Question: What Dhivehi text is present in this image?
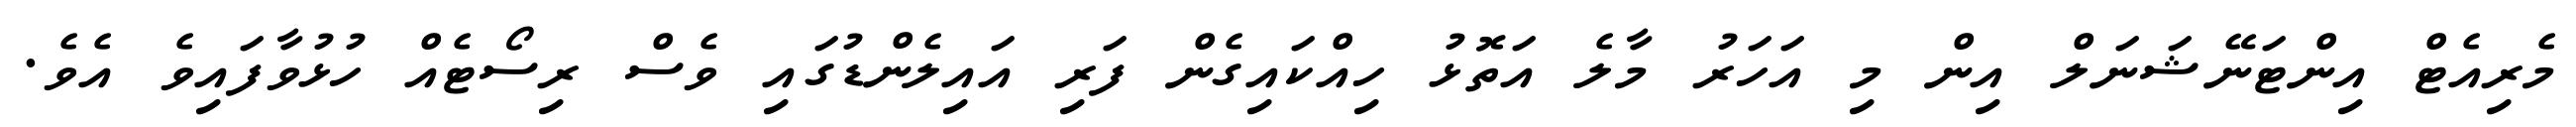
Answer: މެރިއެޓް އިންޓަނޭޝަނަލް އިން މި އަހަރު މާލެ އަތޮޅު ހިއްކައިގެން ފަރި އައިލެންޑުގައި ވެސް ރިސޯޓެއް ހުޅުވާފައިވެ އެވެ.